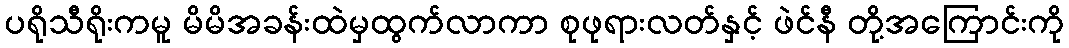
ပရိုသီရိုးကမူ မိမိအခန်းထဲမှထွက်လာကာ စုဖုရားလတ်နှင့် ဖဲင်နီ တို့အကြောင်းကို